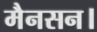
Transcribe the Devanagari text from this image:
मैनसन।